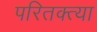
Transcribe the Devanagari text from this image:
परितक्त्या